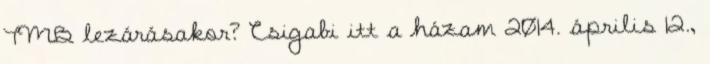
TMB lezárásakor? Csigabi itt a házam 2014. április 12.,